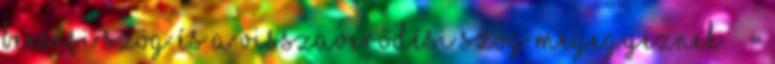
beesési szög és a visszaverődési szög megegyeznek.  =